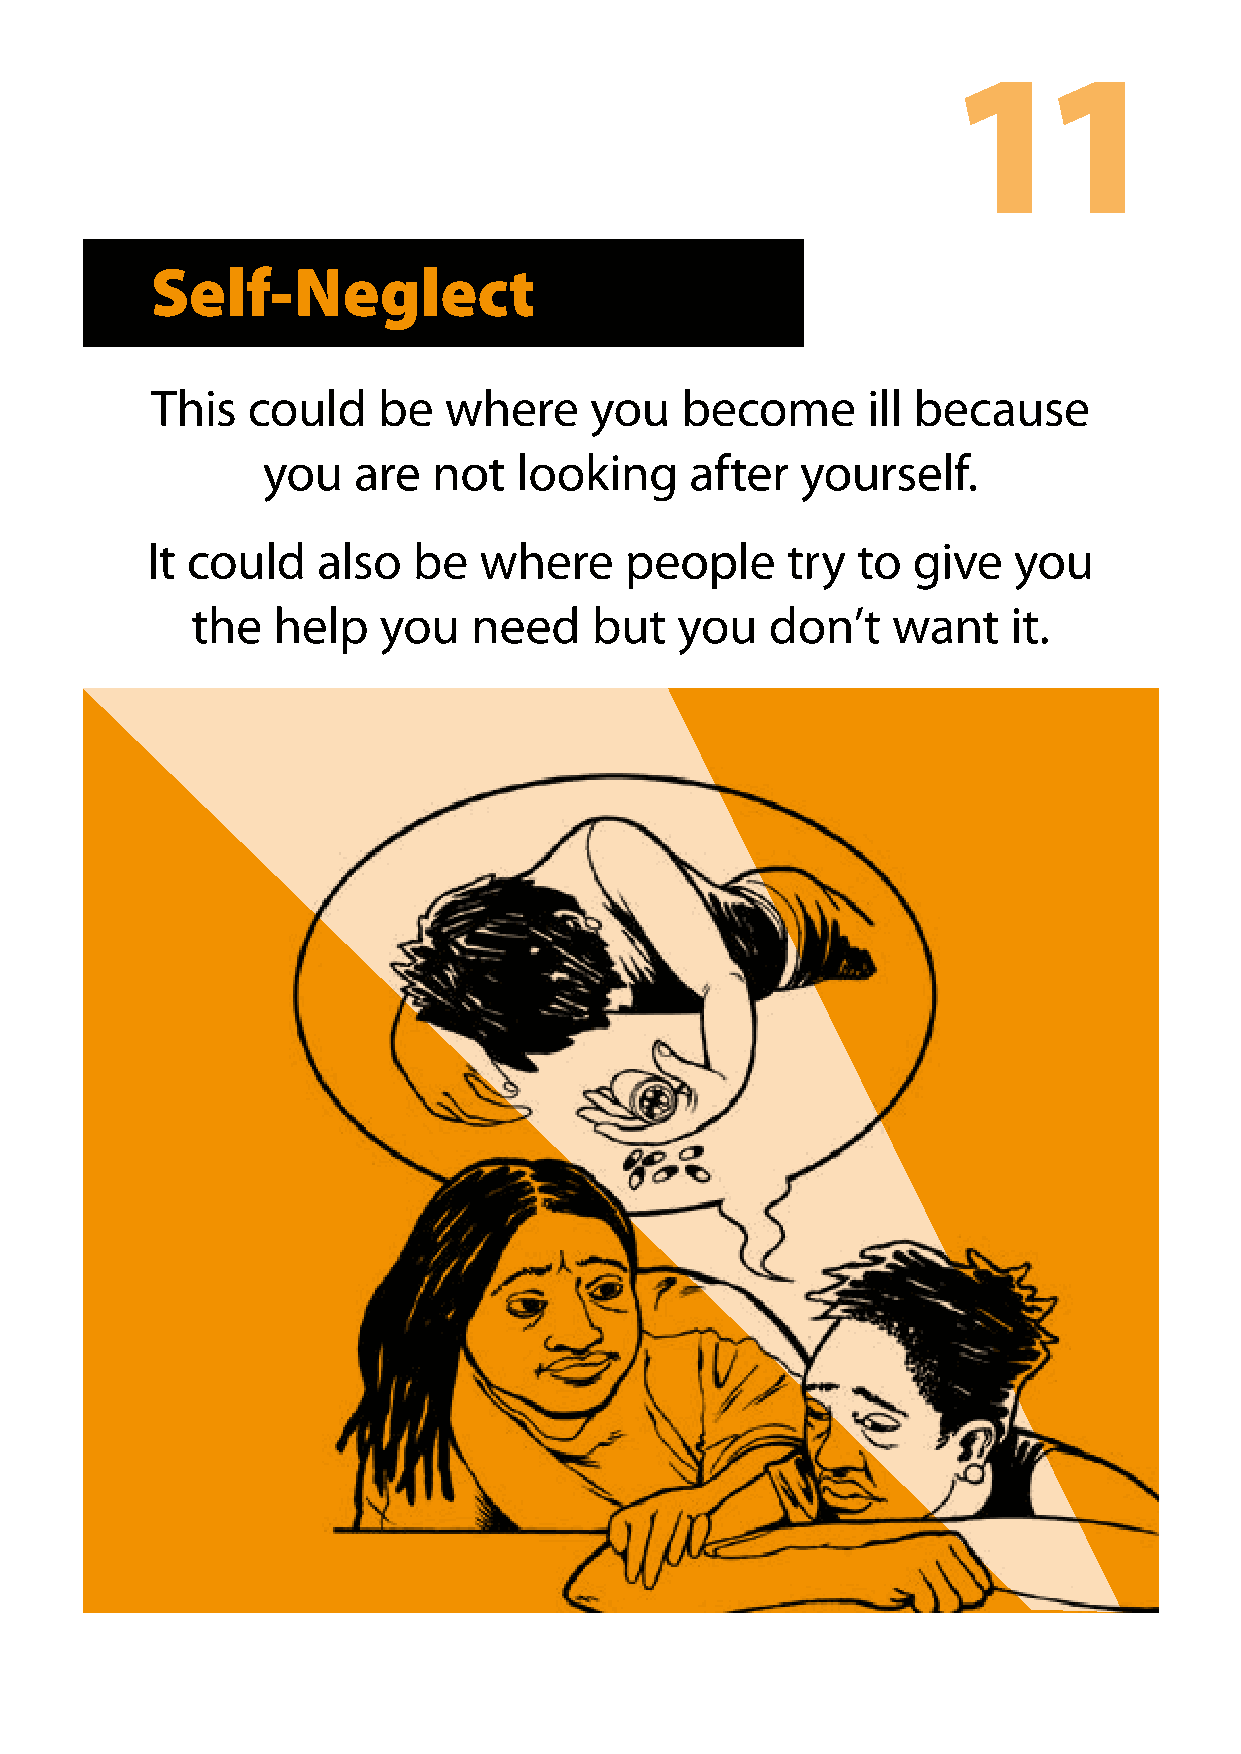
11
 Self-Neglect
 This  could    be  where     you   become      ill because
 you   are   not  looking     after  yourself.
 It could   also  be   where    people     try  to give   you
 the  help   you   need    but   you   don’t   want    it.